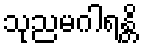
သုညမဂါရန္တိ